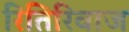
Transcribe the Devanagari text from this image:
रितिरिवाज